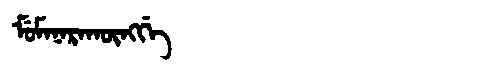
Manchu: ᠮᡠᠮᠠᠨᠠᡵᠠᡴᡡᠩᡤᡝ
Romanization: MUMANARAKŪNGGE